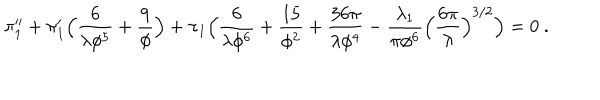
\pi _ { 1 } ^ { \prime \prime } + \pi _ { 1 } ^ { \prime } \Bigl ( { \frac { 6 } { \lambda \phi ^ { 5 } } } + { \frac { 9 } { \phi } } \Bigr ) + \pi _ { 1 } \Bigl ( { \frac { 6 } { \lambda \phi ^ { 6 } } } + { \frac { 1 5 } { \phi ^ { 2 } } } + { \frac { 3 6 \pi } { \lambda \phi ^ { 4 } } } - { \frac { \lambda _ { 1 } } { \pi \phi ^ { 6 } } } \Bigl ( { \frac { 6 \pi } { \lambda } } \Bigr ) ^ { 3 / 2 } \Bigr ) = 0 \ .